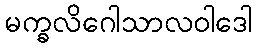
မက္ခလိဂေါသာလဝါဒေါ